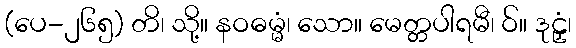
(ပေ-၂၆၅) တိ၊ သို့။ နဝဓမ္မံ၊ သော။ မေတ္တပါရမီ၊ ဝ်။ ဒုဠှံ၊